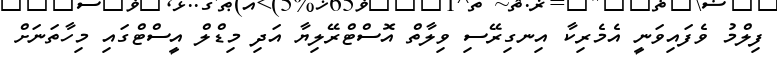
ފިލްމު ވެފައިވަނީ އެެމެރިކާ އިނގިރޭސި ވިލާތް އޮސްޓްރޭލިޔާ އަދި މިޑްލް އީސްޓްގައި މިހާތަނަށް